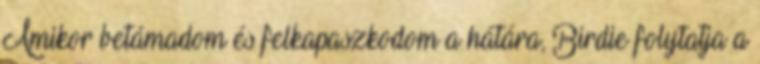
Amikor betámadom és felkapaszkodom a hátára, Birdie folytatja a